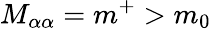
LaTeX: M_{\alpha\alpha}=m^{+}>m_{0}